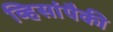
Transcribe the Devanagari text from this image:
व्हिसांपैकी